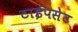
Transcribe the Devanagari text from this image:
टाईपसेट